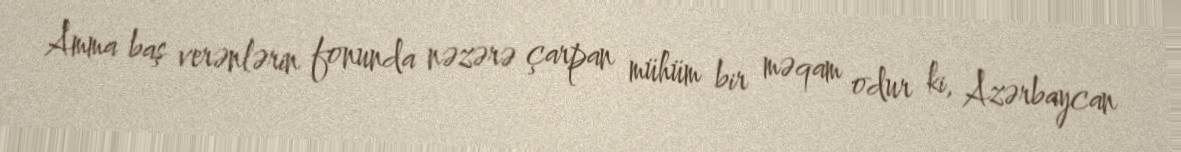
Amma baş verənlərin fonunda nəzərə çarpan mühüm bir məqam odur ki, Azərbaycan